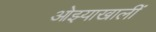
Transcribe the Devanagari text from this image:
ओझ्याखालीं